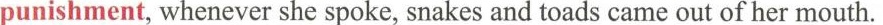
punishment, whenever she spoke, snakes and toads came out of her mouth.